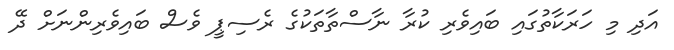
އަދި މި ހަރަކާތުގައި ބައިވެރި ކުރާ ނާސްތާތަކުގެ ރެސިޕީ ވެސް ބައިވެރިންނަށް ދޭ